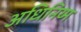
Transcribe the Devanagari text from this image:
अधिनिय्म